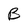
Character: B